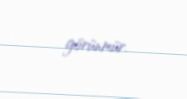
görünmür.